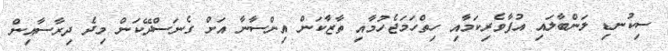
ސިކުނޑި ލަންބާލައި އުފާވެރިކަމާއި ހިތްހަމަޖެހުމާއި ތާޒާކަން އިންސާނާ އަށް ގެނަސްދޭކަން މިދެ ދިރާސާއިން